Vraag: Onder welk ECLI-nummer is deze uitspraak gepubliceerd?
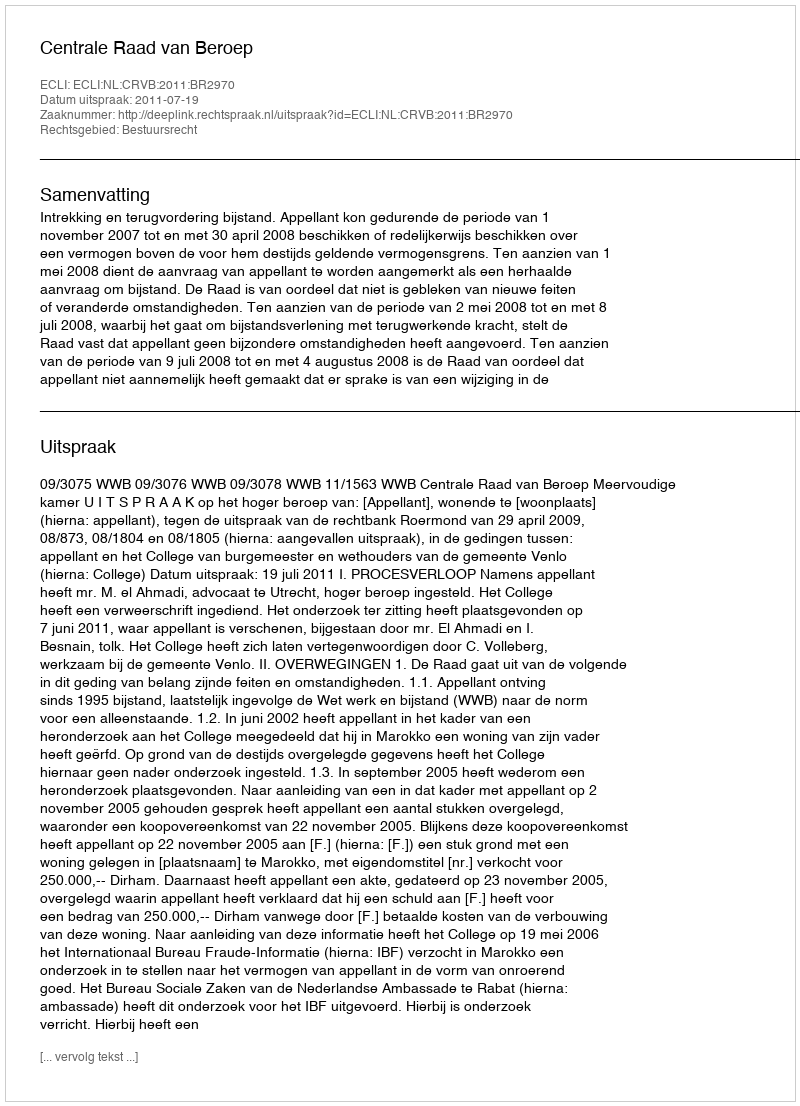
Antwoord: ECLI:NL:CRVB:2011:BR2970